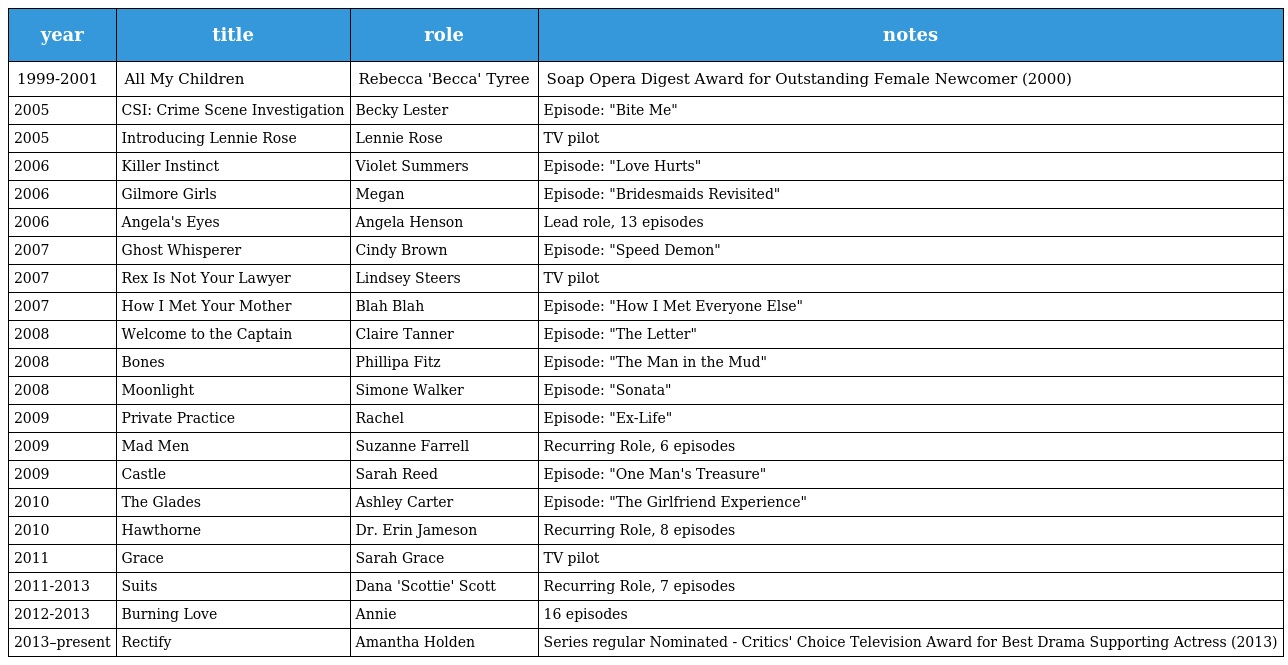
| year | title | role | notes |
 | --- | --- | --- | --- |
 | 1999-2001 | All My Children | Rebecca 'Becca' Tyree | Soap Opera Digest Award for Outstanding Female Newcomer (2000) |
 | 2005 | CSI: Crime Scene Investigation | Becky Lester | Episode: "Bite Me" |
 | 2005 | Introducing Lennie Rose | Lennie Rose | TV pilot |
 | 2006 | Killer Instinct | Violet Summers | Episode: "Love Hurts" |
 | 2006 | Gilmore Girls | Megan | Episode: "Bridesmaids Revisited" |
 | 2006 | Angela's Eyes | Angela Henson | Lead role, 13 episodes |
 | 2007 | Ghost Whisperer | Cindy Brown | Episode: "Speed Demon" |
 | 2007 | Rex Is Not Your Lawyer | Lindsey Steers | TV pilot |
 | 2007 | How I Met Your Mother | Blah Blah | Episode: "How I Met Everyone Else" |
 | 2008 | Welcome to the Captain | Claire Tanner | Episode: "The Letter" |
 | 2008 | Bones | Phillipa Fitz | Episode: "The Man in the Mud" |
 | 2008 | Moonlight | Simone Walker | Episode: "Sonata" |
 | 2009 | Private Practice | Rachel | Episode: "Ex-Life" |
 | 2009 | Mad Men | Suzanne Farrell | Recurring Role, 6 episodes |
 | 2009 | Castle | Sarah Reed | Episode: "One Man's Treasure" |
 | 2010 | The Glades | Ashley Carter | Episode: "The Girlfriend Experience" |
 | 2010 | Hawthorne | Dr. Erin Jameson | Recurring Role, 8 episodes |
 | 2011 | Grace | Sarah Grace | TV pilot |
 | 2011-2013 | Suits | Dana 'Scottie' Scott | Recurring Role, 7 episodes |
 | 2012-2013 | Burning Love | Annie | 16 episodes |
 | 2013–present | Rectify | Amantha Holden | Series regular Nominated - Critics' Choice Television Award for Best Drama Supporting Actress (2013) |